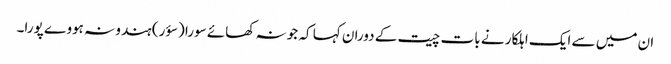
ان میں سے ایک اہلکار نے بات چیت کے دوران کہا کہ جو نہ کھائے سورا (سؤر) ہندو نہ ہووے پورا۔